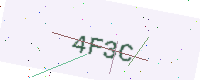
Text: 4F3C